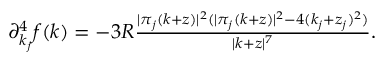
\begin{array} { r } { \partial _ { k _ { j } } ^ { 4 } f ( k ) = - 3 R \frac { | \pi _ { j } ( k + z ) | ^ { 2 } ( | \pi _ { j } ( k + z ) | ^ { 2 } - 4 ( k _ { j } + z _ { j } ) ^ { 2 } ) } { | k + z | ^ { 7 } } . } \end{array}